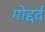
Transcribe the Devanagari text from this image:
गोद्दर्द